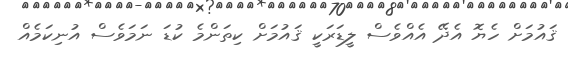
ޤައުމަށް ހެޔޮ އެދޭ އެއްވެސް ލީޑަރަކީ ޤައުމަށް ކިތަންމެ ކުޑަ ނަމަވެސް އުނިކަމެއް